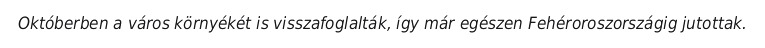
Októberben a város környékét is visszafoglalták, így már egészen Fehéroroszországig jutottak.